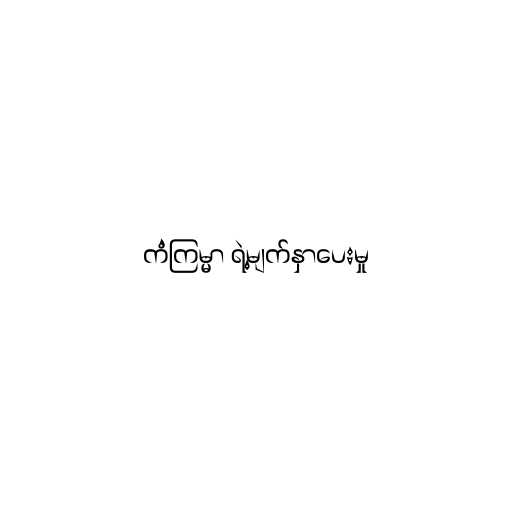
ကံကြမ္မာ ရဲ့မျက်နှာပေးမှု